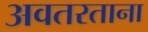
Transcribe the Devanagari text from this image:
अवतरताना